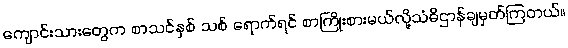
ကျောင်းသားတွေက စာသင်နှစ် သစ် ရောက်ရင် စာကြိုးစားမယ်လို့သံဓိဌာန်ချမှတ်ကြတယ်။